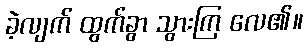
ခဲ့လျက် ထွက်ခွာ သွားကြ လေ၏။